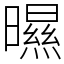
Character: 㬤